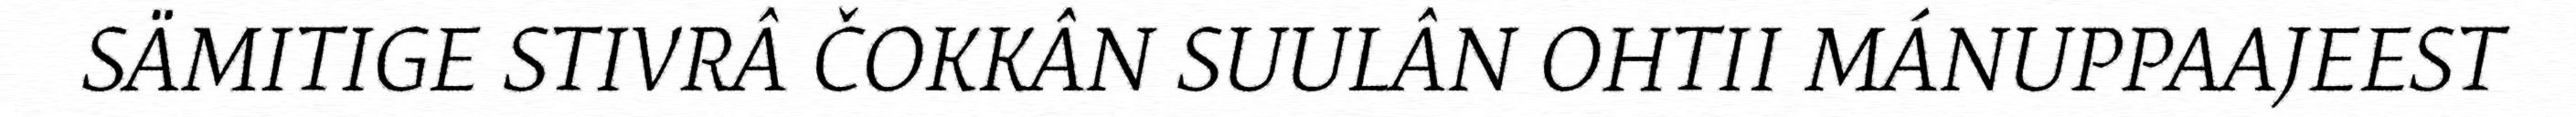
SÄMITIGE STIVRÂ ČOKKÂN SUULÂN OHTII MÁNUPPAAJEEST